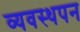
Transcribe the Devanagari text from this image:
व्यवस्थपन